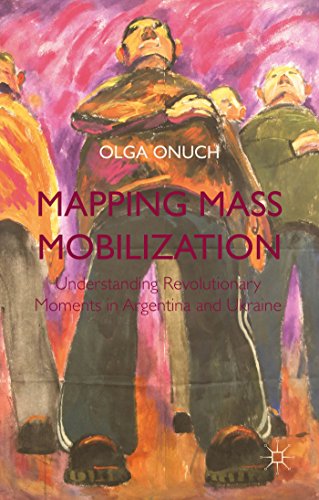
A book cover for Mapping Mass Mobilization: Understanding Revolutionary Moments in Argentina and Ukraine; Olga Onuch; Travel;